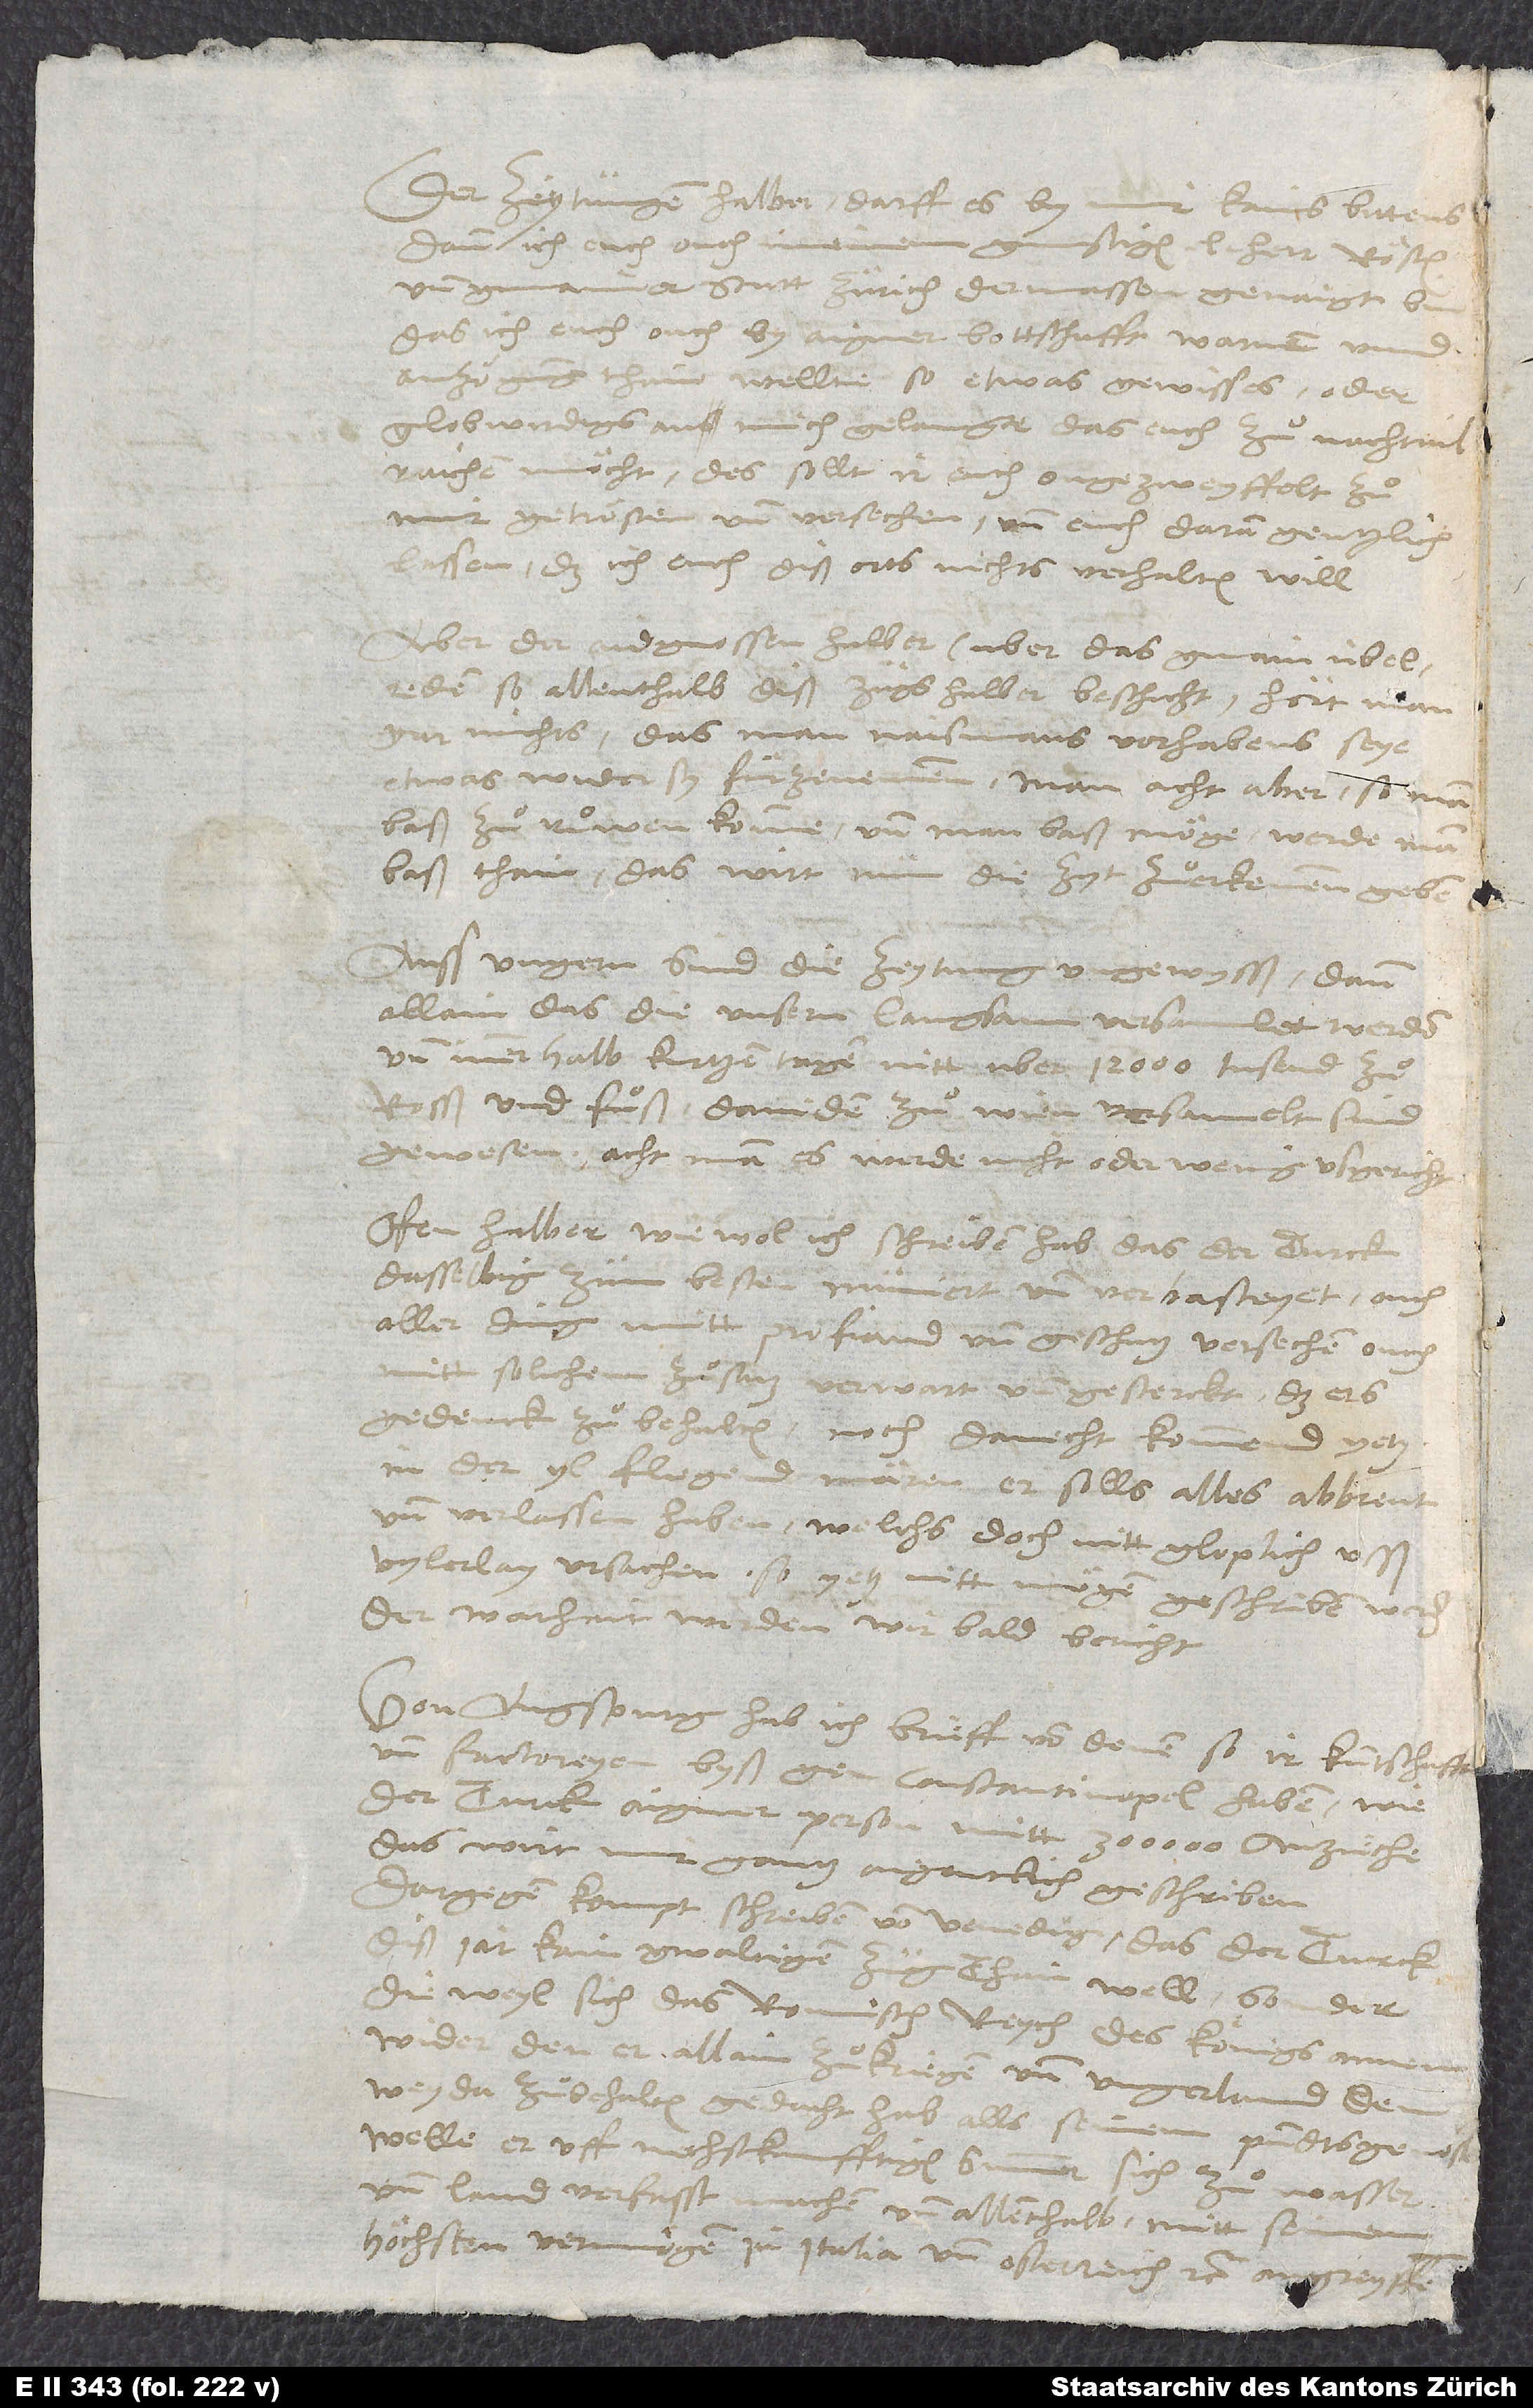
Der zeytungen halber darff es by mir kains bittens;
dann ich euch, ouch meinem
günstigen, l herr Rösten
und gmainer statt Zürich dermassen genaigt bin,
das ich euch ouch by aigner bottschafft warnen und
anzaigung thain wellte, so etwas gewisses oder
globwirdigs an mich gelangte, das euch zuͦ nachtail
raichen möcht. Des sollt ir euch ongezweyffelt zuͦ
mir getrösten und versechen und euch daran gentzlich
lassen, das ich euch diß orts nichts verhalten will.
Aber der aidgenossen halber (uber das gmain übel
reden, so allenthalb diß zügs halber beschicht) hört man
gar nichts, das man naismans vorhabens seye,
etwas wider sy fürzenemmen; man acht aber, so man
baß zuͦ ruͦwen komme und man baß möge, werde man
baß thain; das wirt nun die zyt zuͦ erkennen geben.
Auss Ungern sind die zeytung ungewysß, dann
allain das die unsern langsam versamlet werden
und innerhalb kurtzen tagen nitt uber 12’000 tusend zuͦ
rosß und fuͦß daniden zuͦ Wien versamelt sind
gewesen; acht man, es werde nicht oder wenig usgericht.
Ofen halber, wiewol ich schreiben hab, das der Turck
dasselbig zum besten muniert und verbasteyet, ouch
aller ding mitt profiand und geschutz versechen, ouch
mitt solichem zuͦsatz verwart und gesterckt, das ers
gedenck zuͦ behalten, noch danecht kommend yetz
in der yl fliegend mären, er solls alles abbrent
und verlassen haben, welchs doch nitt gloplich usß
vylerlay ursachen, so yetz nitt mögen geschriben werden.
Der warhait werden wir bald bericht.
Von Augspurg hab ich brieff von denen, so ir kuntschafft
und factoreyen byß gen Constantinopel haben, wie
der Turck aigner person mitt 300’000 anzüche.
Das wirt mir gantz aigentlich geschriben.
Dargegen kompt schreiben von Venedig, das der Turck
diß jar kein gwaltigen züg thain well, sonder
dieweyl sich das romisch reych des königs annem,
wider den er allain zuͦ kriegen und Ungerland dem
Weyda zuͦbehalten gedacht hab alls seinem pundtsgenosse,
welle er uff nechstkunfftigen summer sich zuͦ wasser
und land verfasst machen und allenthalb mitt seinem
höchsten vermögen in Italia und Osterreich etc. angreyffen.